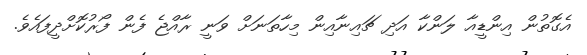
އެގޮތުން އިންޑީއާ ލަންކާ އަދި ޗައިނާއިން މިހާތަނަށް ވަނީ ރާއްޖެ ފެން ފޯރުކޮށްދީފައެވެ.